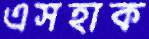
এসহাক